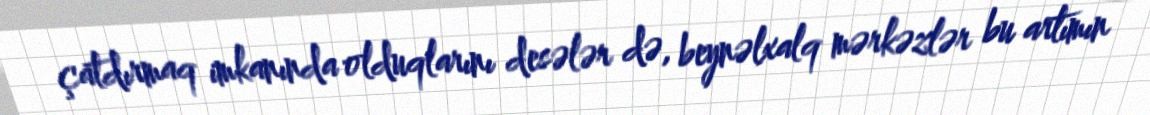
çatdırmaq imkanında olduqlarını desələr də, beynəlxalq mərkəzlər bu artımın